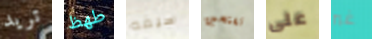
تريد طھظ سيفه تفتحين على غير